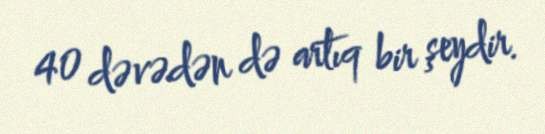
40 dəvədən də artıq bir şeydir.